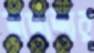
হাতাশার